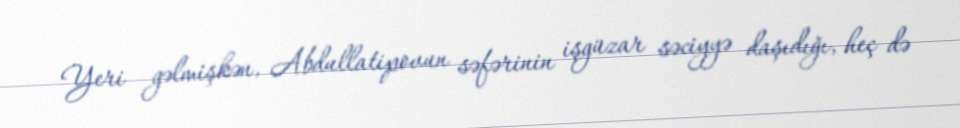
Yeri gəlmişkən, Abdullatipovun səfərinin işgüzar səciyyə daşıdığı, heç də